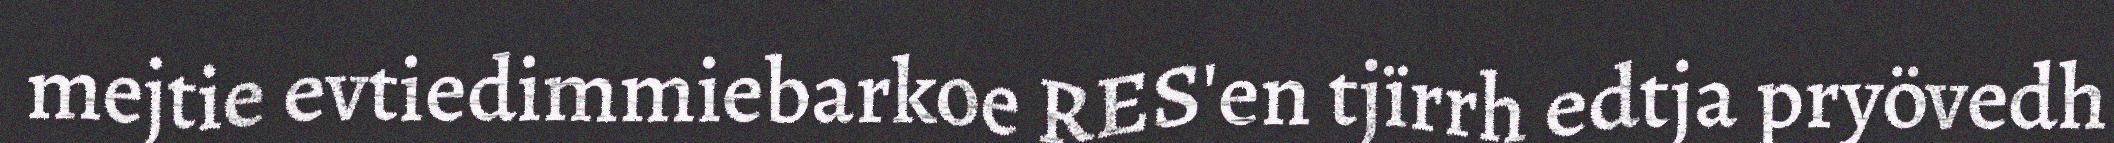
mejtie evtiedimmiebarkoe RES'en tjïrrh edtja pryövedh